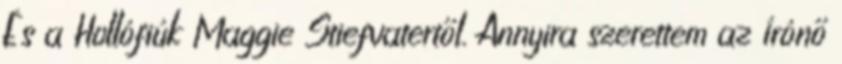
És a Hollófiúk Maggie Stiefvatertől. Annyira szerettem az írónő